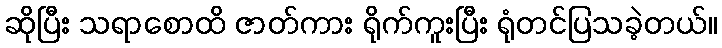
ဆိုပြီး သရာစောထိ ဇာတ်ကား ရိုက်ကူးပြီး ရုံတင်ပြသခဲ့တယ်။